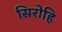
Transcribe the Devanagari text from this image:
सिरोहि